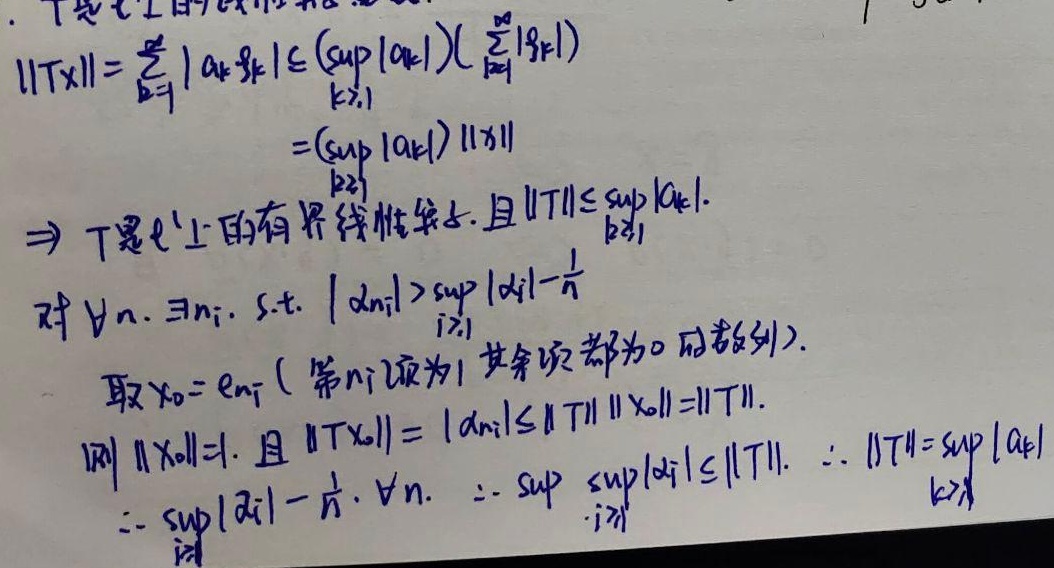
\[
\begin{align*}
\|Tx\|&=\sum_{k = 1}^{\infty}|a_k\xi_k|\leq\left(\sup_{k\geq1}|a_k|\right)\left(\sum_{k = 1}^{\infty}|\xi_k|\right)\\
&=\left(\sup_{k\geq1}|a_k|\right)\|x\|\\
&\Rightarrow T\text{ 是 }l^1\text{ 上的有界线性算子，且 }\|T\|\leq\sup_{k\geq1}|a_k|.
\end{align*}
\]
对 $\forall n$，$\exists n_i$，$\text{ s.t. }|a_{n_i}|>\sup_{i\geq1}|a_i|-\frac{1}{n}$。
取 $x_0 = e_{n_i}$（第 $n_i$ 项为 $1$ 其余项都为 $0$ 的数列）。则 $\|x_0\| = 1$，且 $\|Tx_0\|=|a_{n_i}|\leq\|T\|\|x_0\|=\|T\|$。
$\therefore \|T\|=\sup_{k\geq1}|a_k|$。
$\because\sup_{i\geq1}|a_i|-\frac{1}{n}$，$\forall n$。$\therefore\sup_{i\geq1}|a_i|\leq\|T\|$。
$\therefore \|T\|=\sup_{k\geq1}|a_k|$